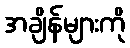
အချိန်များကို